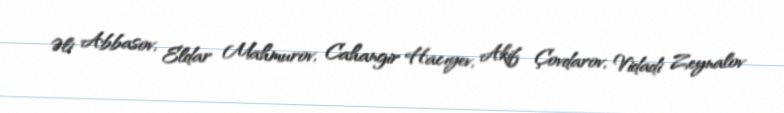
Əli Abbasov, Eldar Mahmurov, Cahangir Hacıyev, Akif Çovdarov, Vidadi Zeynalov